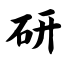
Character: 研